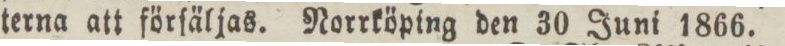
terna att förſäljas. Norrköping den 30 Juni 1866.